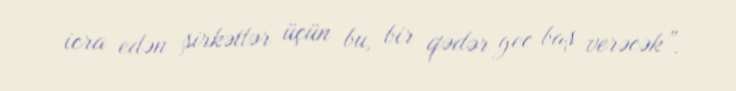
icra edən şirkətlər üçün bu, bir qədər gec baş verəcək”.